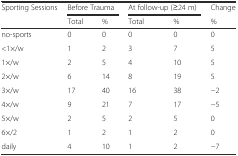
<table><thead><tr><td><b>Sporting Sessions</b></td><td colspan="2"><b>Before Trauma</b></td><td colspan="2"><b>At follow-up (≥24 m)</b></td><td><b>Change</b></td></tr><tr><td></td><td><b>Total</b></td><td><b>%</b></td><td><b>Total</b></td><td><b>%</b></td><td><b>%</b></td></tr></thead><tbody><tr><td>no-sports</td><td>0</td><td>0</td><td>0</td><td>0</td><td>0</td></tr><tr><td>&lt;1×/w</td><td>1</td><td>2</td><td>3</td><td>7</td><td>5</td></tr><tr><td>1×/w</td><td>2</td><td>5</td><td>4</td><td>10</td><td>5</td></tr><tr><td>2×/w</td><td>6</td><td>14</td><td>8</td><td>19</td><td>5</td></tr><tr><td>3×/w</td><td>17</td><td>40</td><td>16</td><td>38</td><td>−2</td></tr><tr><td>4×/w</td><td>9</td><td>21</td><td>7</td><td>17</td><td>−5</td></tr><tr><td>5×/w</td><td>2</td><td>5</td><td>2</td><td>5</td><td>0</td></tr><tr><td>6×/2</td><td>1</td><td>2</td><td>1</td><td>2</td><td>0</td></tr><tr><td>daily</td><td>4</td><td>10</td><td>1</td><td>2</td><td>−7</td></tr></tbody></table>